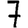
Digit: 7